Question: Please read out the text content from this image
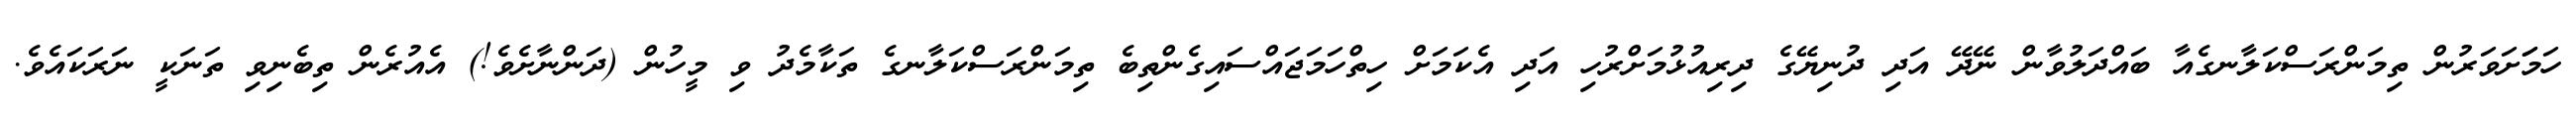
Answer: ހަމަަށަވަރުން ތިމަންރަސްކަލާނގެއާ ބައްދަލުވާން ނޭދޭ އަދި ދުނިޔޭގެ ދިރިއުޅުމަށްރުހި އަދި އެކަމަށް ހިތްހަމަޖައްސައިގެންތިބެ ތިމަންރަސްކަލާނގެ ތަކާމެދު ވި މީހުން (ދަންނާށެވެ!) އެއުރެން ތިބެނިވި ތަނަކީ ނަރަކައެވެ.